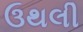
ઉથલી